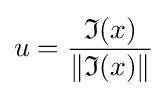
u={\frac {{\mathfrak {I}}(x)}{\|{\mathfrak {I}}(x)\|}}